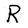
Character: R